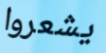
يشعروا